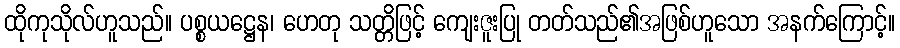
ထိုကုသိုလ်ဟူသည်။ ပစ္စယဋ္ဌေန၊ ဟေတု သတ္တိဖြင့် ကျေးဇူးပြု တတ်သည်၏အဖြစ်ဟူသော အနက်ကြောင့်။